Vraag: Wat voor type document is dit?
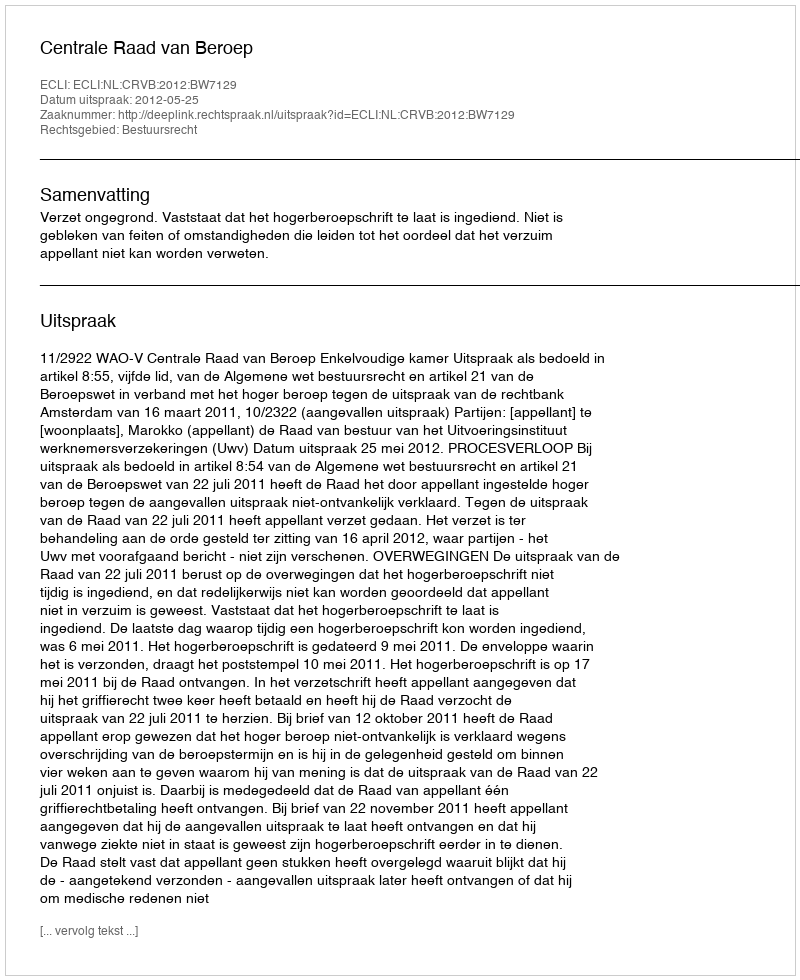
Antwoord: Uitspraak